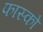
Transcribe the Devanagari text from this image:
फास्को